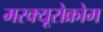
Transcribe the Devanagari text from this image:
मरक्यूरोक्रोम